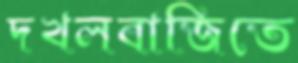
দখলবাজিতে